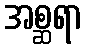
အစ္ဆရာ